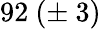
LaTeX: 92\ (\pm\ 3)